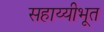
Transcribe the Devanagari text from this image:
सहाय्यीभूत